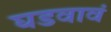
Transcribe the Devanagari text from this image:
घडवावं